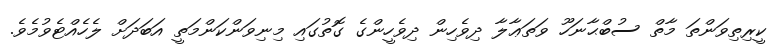
ކީރިތިވަންތަ މާތް ސުބްޙާނަހޫ ވަތަޢާލާ ދިވެހިން ދިވެހީންގެ ގޮތުގައި މިނިވަންކަންމަތީ އަބަދަށް ލެހެއްޓެވުމެވެ.